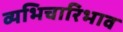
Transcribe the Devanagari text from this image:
व्यभिचारिभाव